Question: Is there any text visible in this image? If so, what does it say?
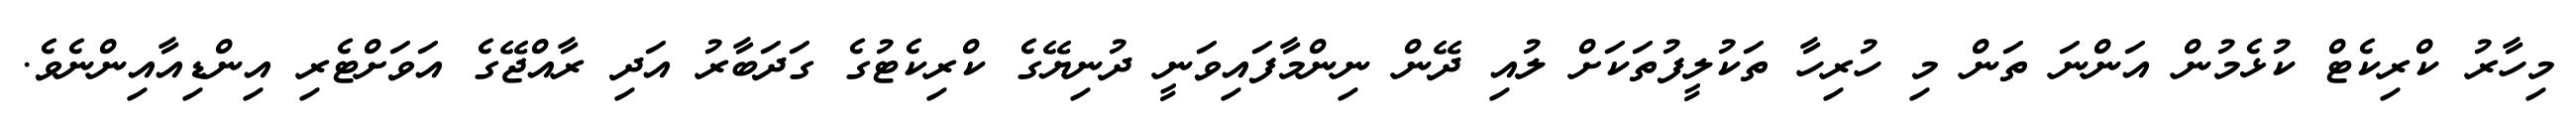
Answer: މިހާރު ކްރިކެޓް ކުޅެމުން އަންނަ ތަން މި ހުރިހާ ތަކުލީފުތަކަށް ލުއި ދޭން ނިންމާފައިވަނީ ދުނިޔޭގެ ކްރިކެޓުގެ ގަދަބާރު އަދި ރާއްޖޭގެ އަވަށްޓެރި އިންޑިއާއިންނެވެ.